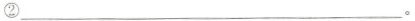
②___。